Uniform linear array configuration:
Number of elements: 16
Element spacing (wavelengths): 0.25
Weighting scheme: hamming
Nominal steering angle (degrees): -30
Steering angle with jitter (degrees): -30.552
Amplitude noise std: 0.05
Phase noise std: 0.05

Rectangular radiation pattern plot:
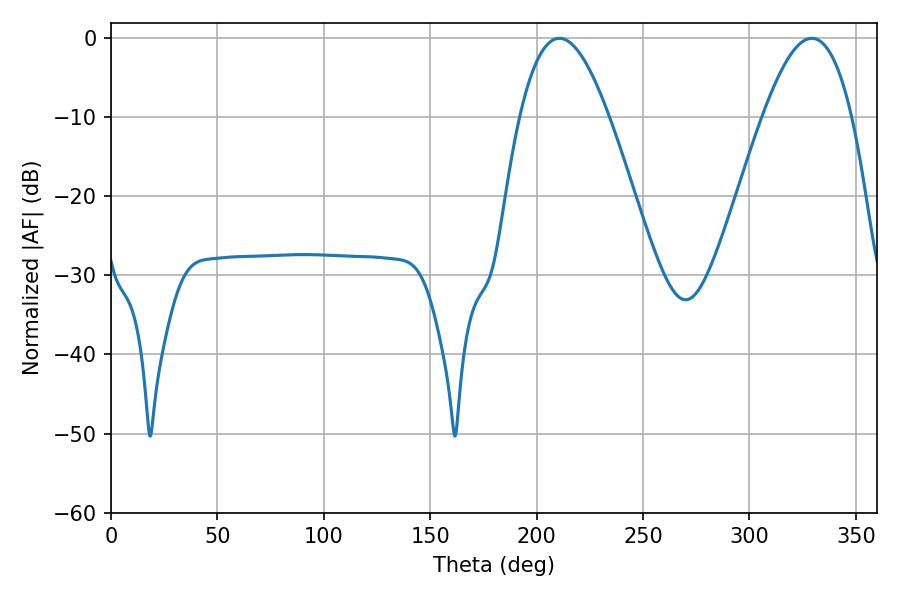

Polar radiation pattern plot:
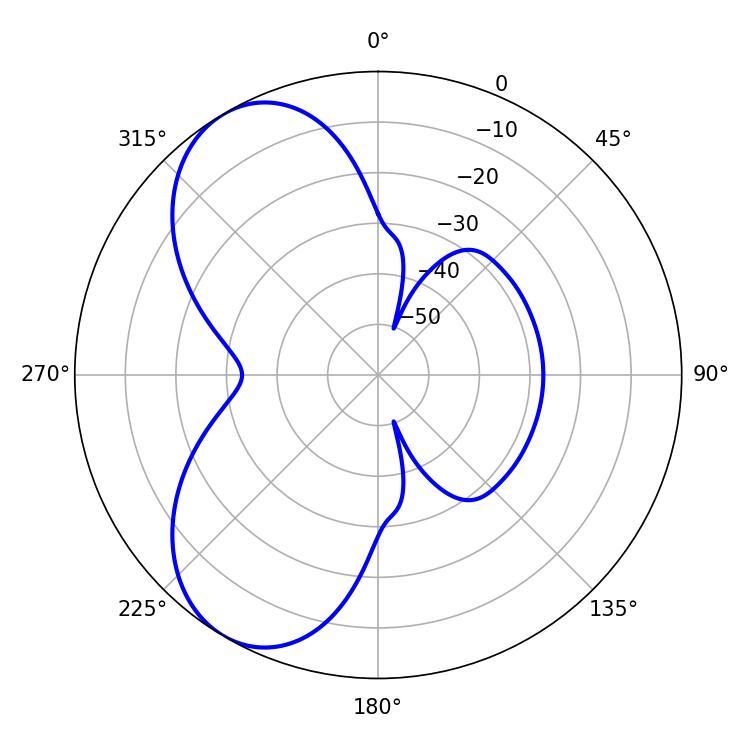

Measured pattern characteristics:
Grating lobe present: FALSE
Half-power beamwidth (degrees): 22.86
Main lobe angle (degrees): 210.78